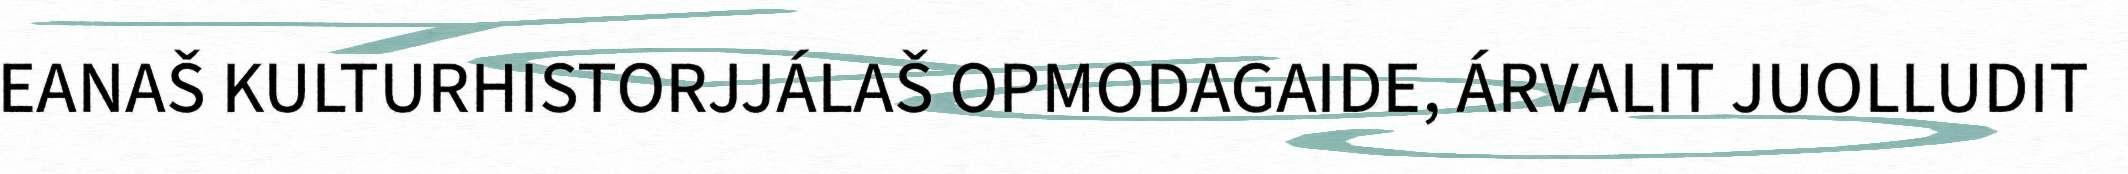
EANAŠ KULTURHISTORJJÁLAŠ OPMODAGAIDE, ÁRVALIT JUOLLUDIT